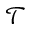
\mathcal { T }